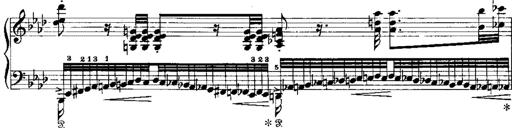
Title: Miserere du Trovatore
Composer: Franz Liszt